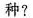
种?